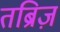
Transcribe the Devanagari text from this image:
तब्रिज़